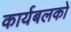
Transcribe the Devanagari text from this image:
कार्यबलको